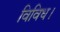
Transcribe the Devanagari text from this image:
विविध।